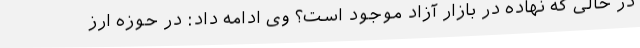
در حالی ‌که نهاده در بازار آزاد موجود است؟ وی ادامه داد: در حوزه ارز